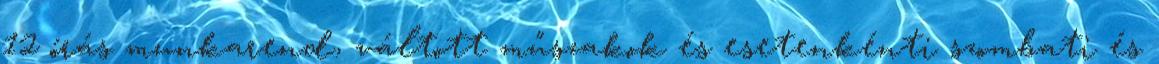
12 órás munkarend, váltott műszakok és esetenkénti szombati és